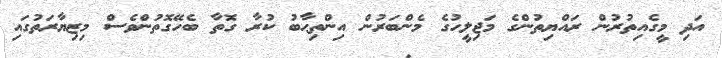
އަދި މީގެއިތުރުން ރައްޔިތުންގެ މަޖިލީހުގެ މެންބަރުން އިންތިޙާބު ކުރާ ގޮތާ ބެހޭގޮތުންވެސް މިޒިޔާރަތުގައި